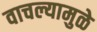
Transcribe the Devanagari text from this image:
वाचल्यामुळे